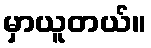
မှာယူတယ်။